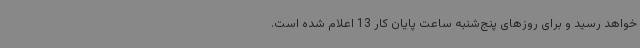
خواهد رسید و برای روزهای پنج‌شنبه ساعت پایان کار 13 اعلام شده است.